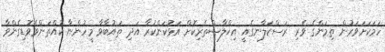
ހަމަކަށަވަރުން ތިމަންގެ ވެރި ރަސްކަލާނގެއީ އިޚްލާޞްތެރިކޮށް އަޅުކަންކުރާ އަދި ތައުބާވާ މީހުންނާ ކުއްތަންވެވޮޑިގެންވާ